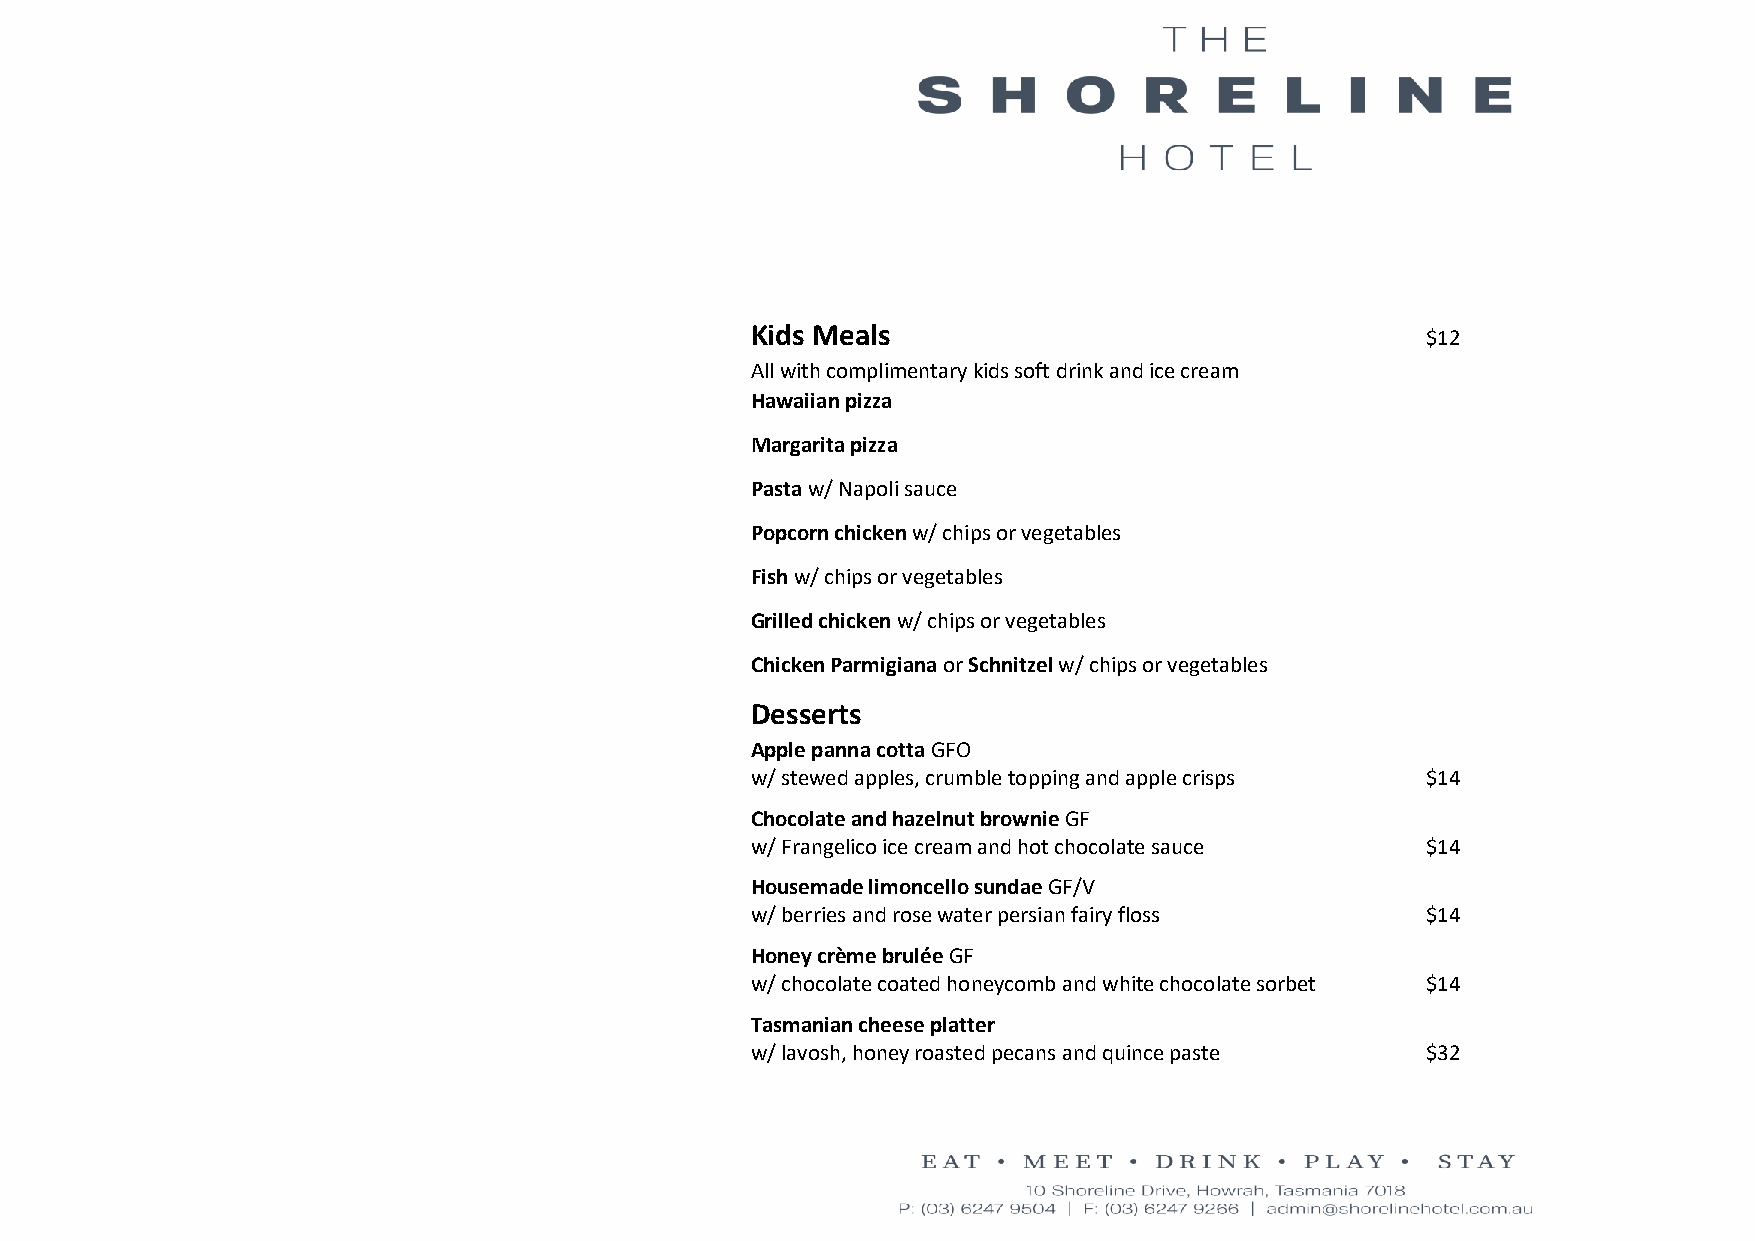
Kids Meals                                  $12
 All with complimentary kids soft drink and ice cream
 Hawaiian pizza
 Margarita pizza
 Pasta w/ Napoli sauce
 Popcorn chicken w/ chips or vegetables
 Fish w/ chips or vegetables
 Grilled chicken w/ chips or vegetables
 Chicken Parmigiana or Schnitzel w/ chips or vegetables
 Desserts
 Apple panna cotta GFO
 w/ stewed apples, crumble topping and apple crisps $14
 Chocolate and hazelnut brownie GF
 w/ Frangelico ice cream and hot chocolate sauce $14
 Housemade limoncello sundae GF/V
 w/ berries and rose water persian fairy floss $14
 Honey crème brulée GF
 w/ chocolate coated honeycomb and white chocolate sorbet $14
 Tasmanian cheese platter
 w/ lavosh, honey roasted pecans and quince paste $32